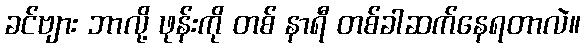
ခင်ဗျား ဘာလို့ ဖုန်းကို တစ် နာရီ တစ်ခါဆက်နေရတာလဲ။